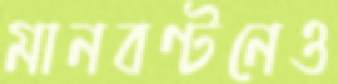
মানবণ্টনেও